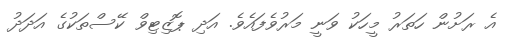
އެ ރަށުން ހަތަރު މީހަކު ވަނީ މަރުވެފައެވެ. އަދި ޕޮޒިޓިވް ކޭސްތަކުގެ އަދަދު